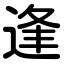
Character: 逢